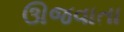
ઊજવાતા